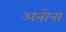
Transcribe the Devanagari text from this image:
अनोना